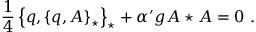
\frac { 1 } { 4 } \left\{ q , \left\{ q , A \right\} _ { \star } \right\} _ { \star } + { \alpha ^ { \prime } } g A \star A = 0 \, \, .